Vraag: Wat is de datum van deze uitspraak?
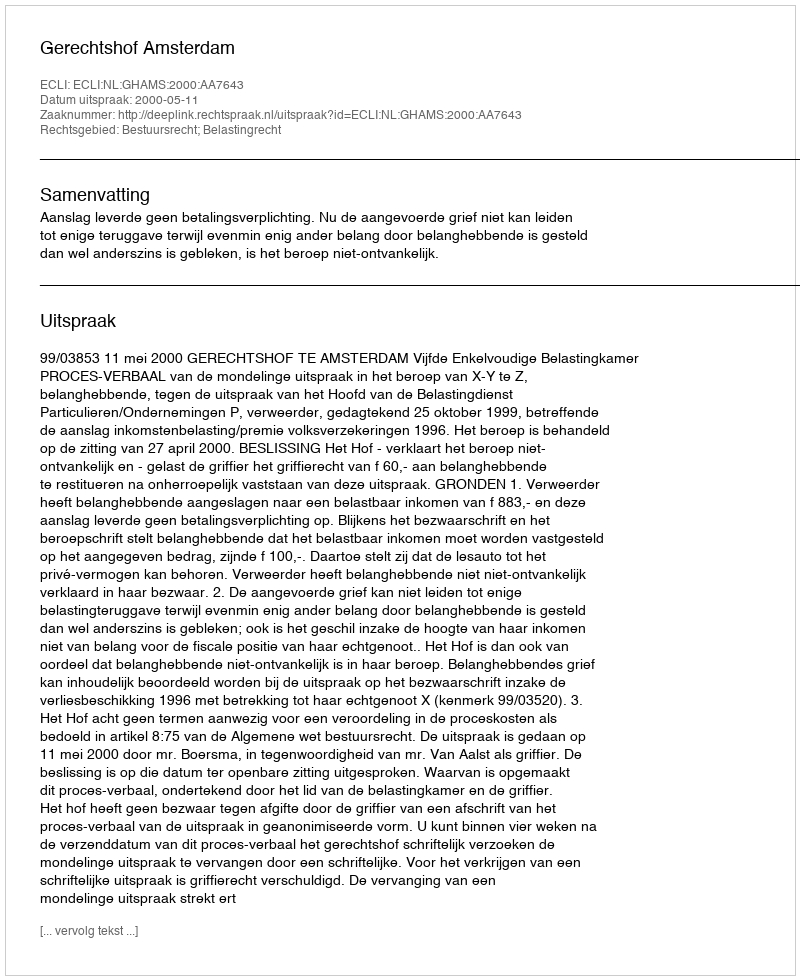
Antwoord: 2000-05-11